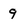
Character: 9